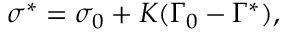
\sigma ^ { * } = \sigma _ { 0 } + K ( \Gamma _ { 0 } - \Gamma ^ { * } ) ,